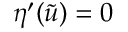
\eta ^ { \prime } ( \tilde { u } ) = 0